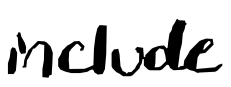
Text: include
Cross-out: clean
Writing tool: digital_black